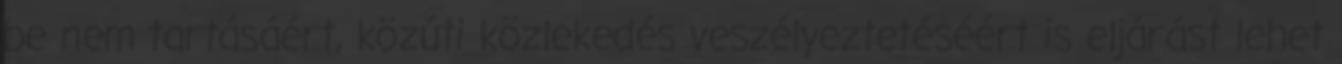
be nem tartásáért, közúti közlekedés veszélyeztetéséért is eljárást lehet